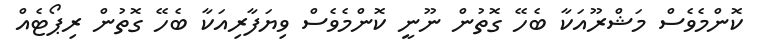
ކޮންމެވެސް މަޝްރޫއަކާ ބެހޭ ގޮތުން ނޫނީ ކޮންމެވެސް ވިޔަފާރިއަކާ ބެހޭ ގޮތުން ރިޕޯޓެއް